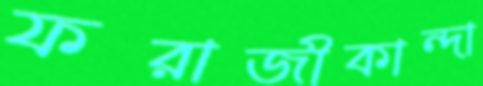
ফরাজীকান্দা